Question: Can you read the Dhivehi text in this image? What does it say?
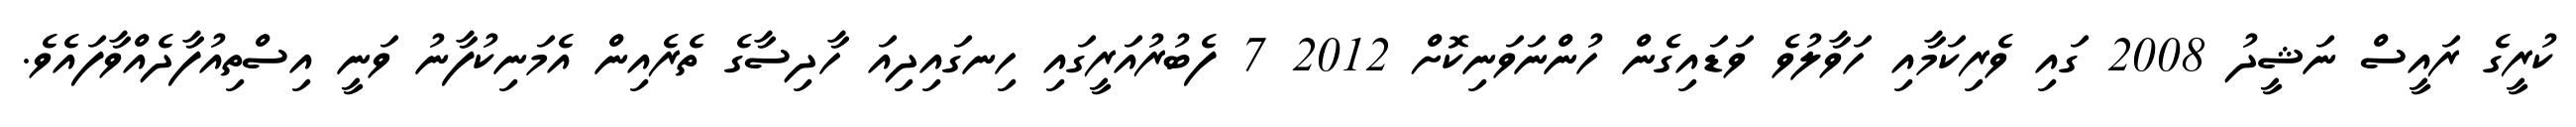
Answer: ކުރީގެ ރައީސް ނަޝީދު 2008 ގައި ވެރިކަމާއި ހަވާލުވެ ވަޑައިގެން ހުންނަވަނިކޮށް 2012 7 ފެބުރުއަރީގައި ހިނގައިދިއަ ހާދިސާގެ ތެރެއިން އެމަނިކުފާނު ވަނީ އިސްތިއުފާދެއްވާފައެވެ.